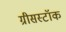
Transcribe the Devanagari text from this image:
ग्रीसस्टॉक